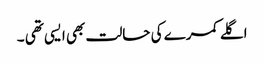
اگلے کمرے کی حالت بھی ایسی تھی ۔